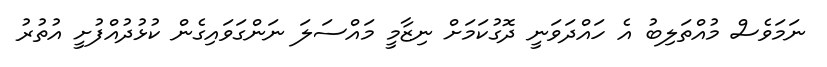
ނަމަވެސް މުއްތަލިބު އެ ހައްދަވަނީ ދޮގުކަމަށް ނިޒާމީ މައްސަލަ ނަންގަވައިގެން ކުޅުދުއްފުށީ އުތުރު